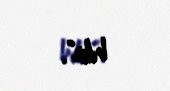
bilir”.